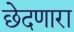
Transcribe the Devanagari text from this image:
छेदणारा